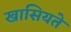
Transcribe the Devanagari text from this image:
खासियते